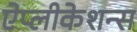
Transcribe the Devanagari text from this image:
ऐप्लीकेशन्स